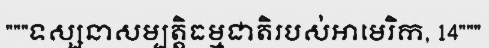
"""ទស្សនាសម្បត្តិធម្មជាតិរបស់អាមេរិក, 14"""